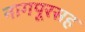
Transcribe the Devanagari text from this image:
नागपूरसह